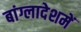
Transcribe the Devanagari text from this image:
बांग्लादेशमें